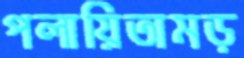
পলায়িতামড়